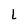
Character: L